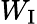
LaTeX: W_{\mathrm{I}}